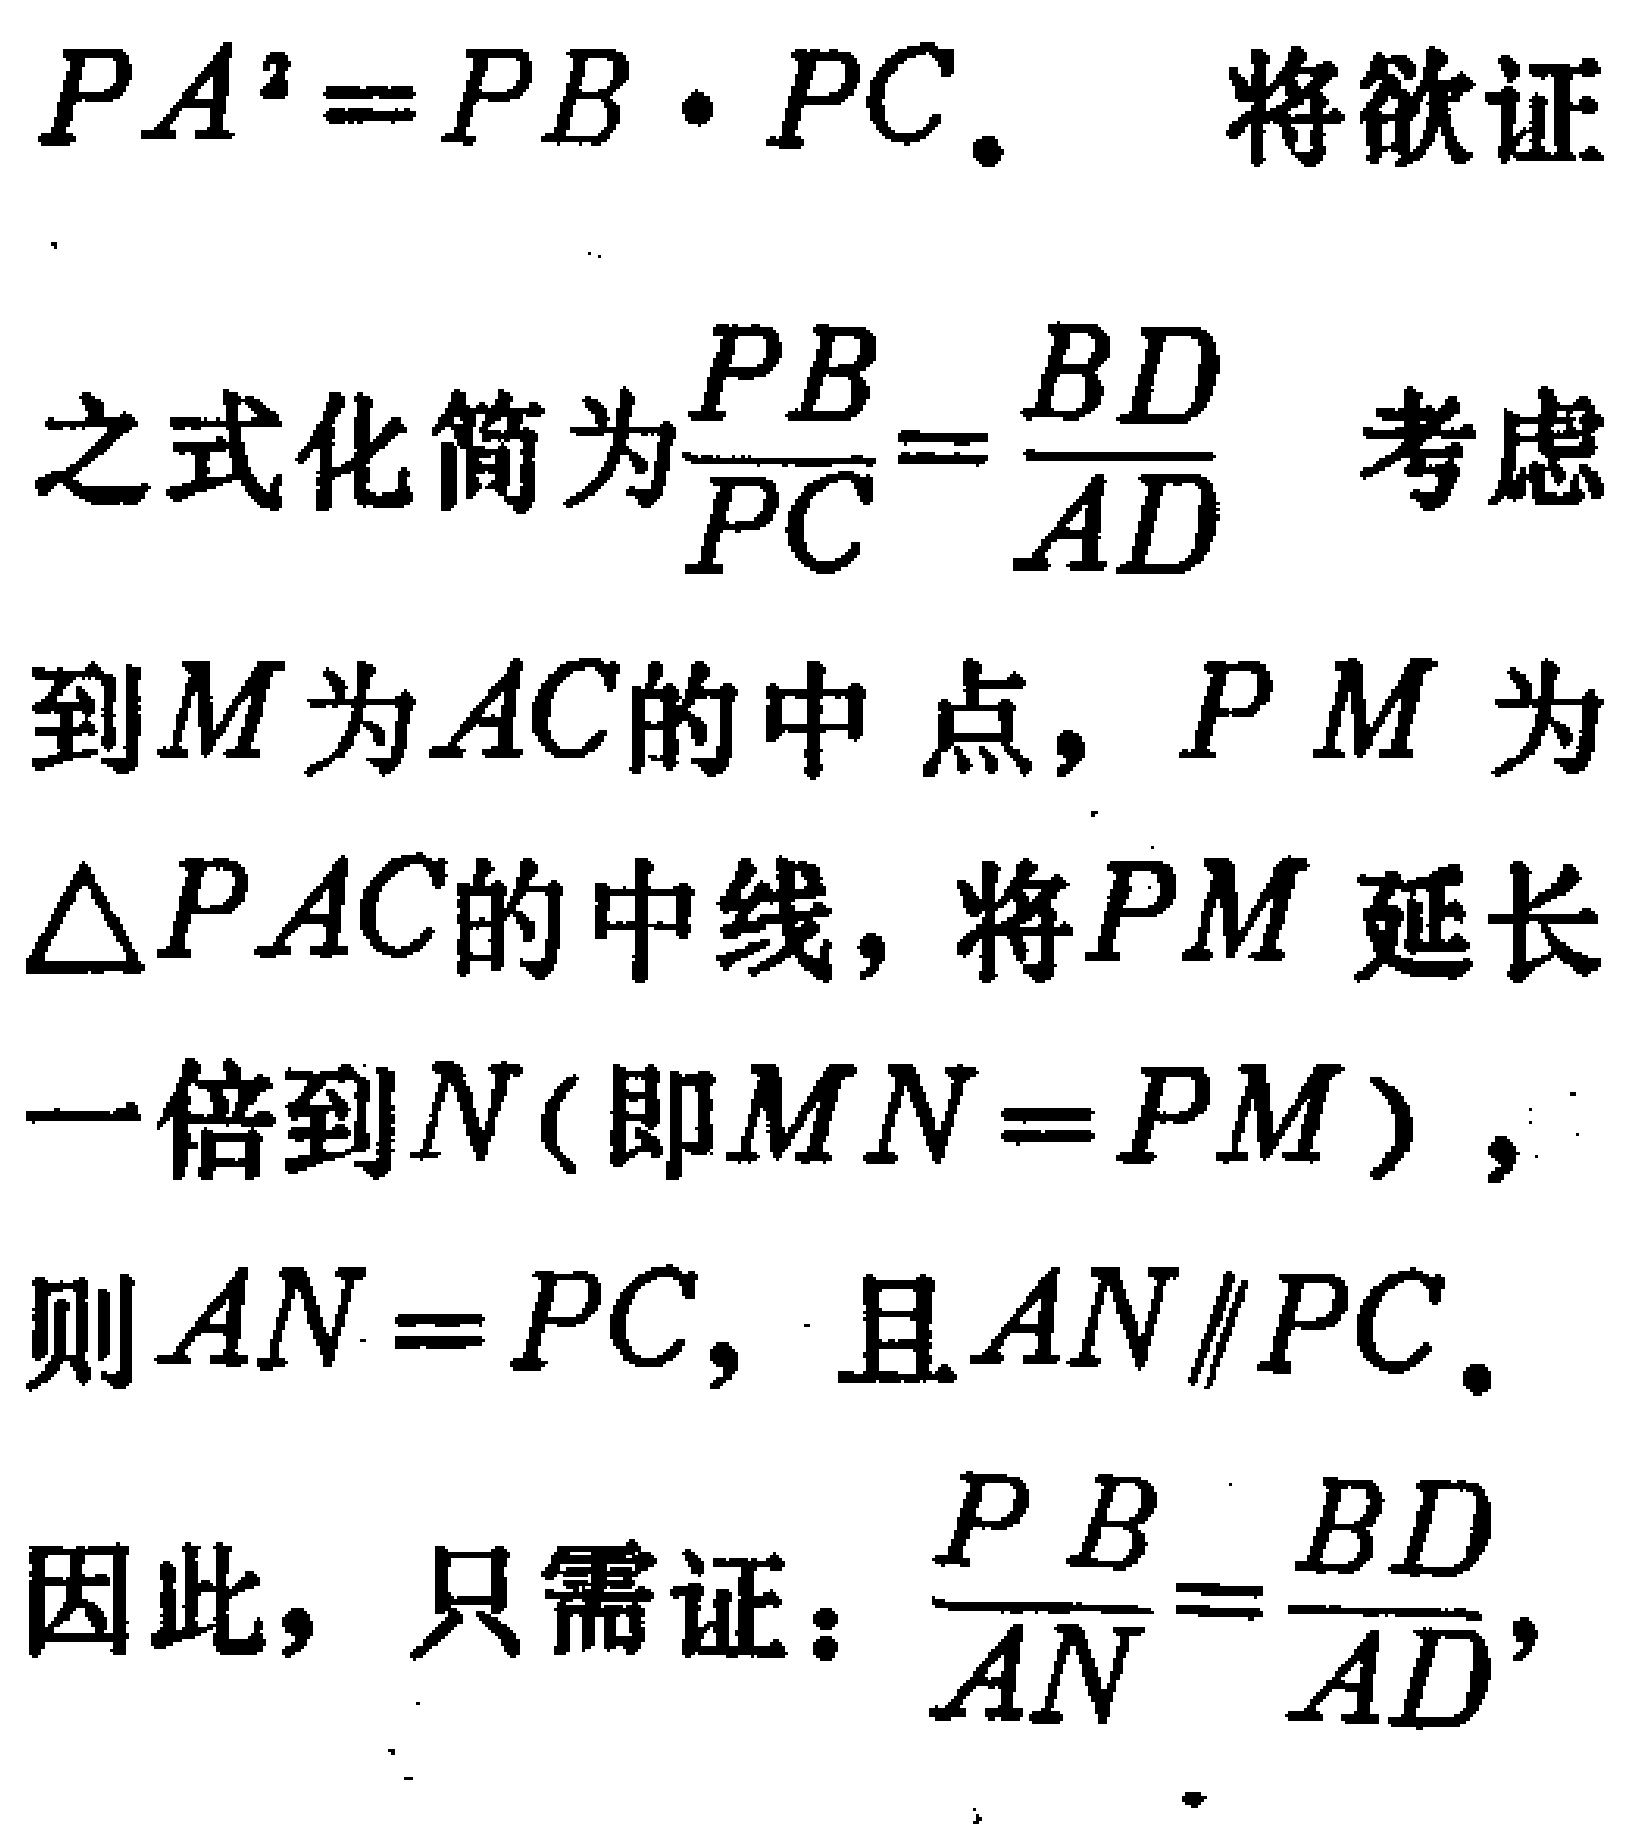
\(PA^{2}=PB\cdot PC.\) 将欲证

之式化简为\(\frac{PB}{PC}=\frac{BD}{AD}\) 考虑

到\(M\)为\(AC\)的中点，\(PM\)为

\(\triangle PAC\)的中线，将\(PM\)延长

一倍到\(N\)(即\(MN = PM\))，

则\(AN = PC\)，且\(AN\parallel PC.\)

因此，只需证：\(\frac{PB}{AN}=\frac{BD}{AD}\)，